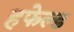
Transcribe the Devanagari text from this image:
हफेल्ड